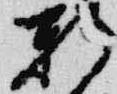
軒